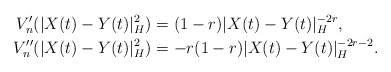
\begin{align*}V_n'(|X(t)-Y(t)|_H^2)&=(1-r)|X(t)-Y(t)|_H^{-2r}, \\V_n''(|X(t)-Y(t)|_H^2)&=-r(1-r)|X(t)-Y(t)|_H^{-2r-2}.\end{align*}